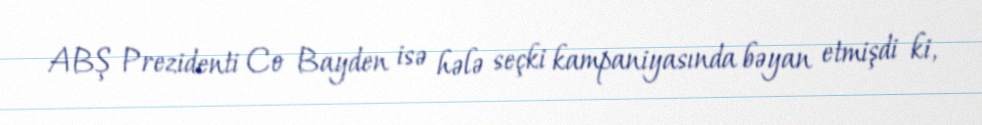
ABŞ Prezidenti Co Bayden isə hələ seçki kampaniyasında bəyan etmişdi ki,